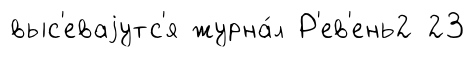
выс'еваjутс'я журна́л Р'ев'ень2 23